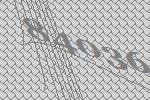
84036